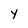
Character: y